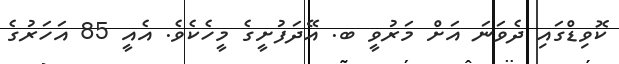
ކޮވިޑްގައި ދެވަނަ އަށް މަރުވީ ބ. އޭދަފުށީގެ މީހެކެވެ. އެއީ 85 އަހަރުގެ